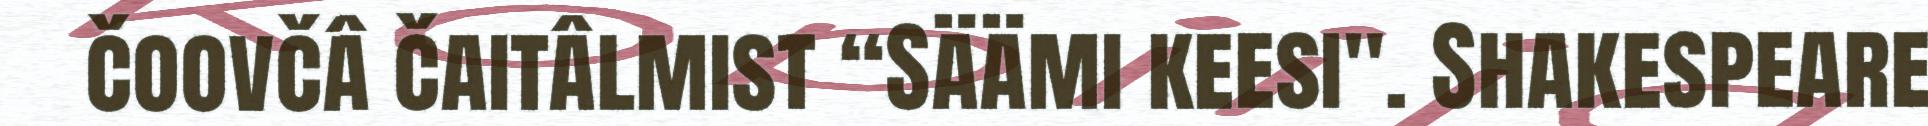
čoovčâ čaitâlmist “Säämi keesi". Shakespeare